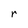
Character: r